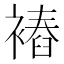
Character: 𧜧